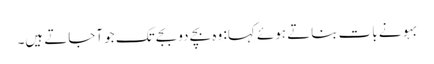
بہو نے بات بناتے ہوئے کہا: وہ بچے دو بجے تک جو آجاتے ہیں۔